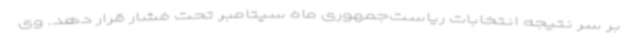
بر سر نتیجه انتخابات ریاست‌جمهوری ماه سپتامبر تحت فشار قرار دهد. وی